Leaving Certificate Examination, 1915
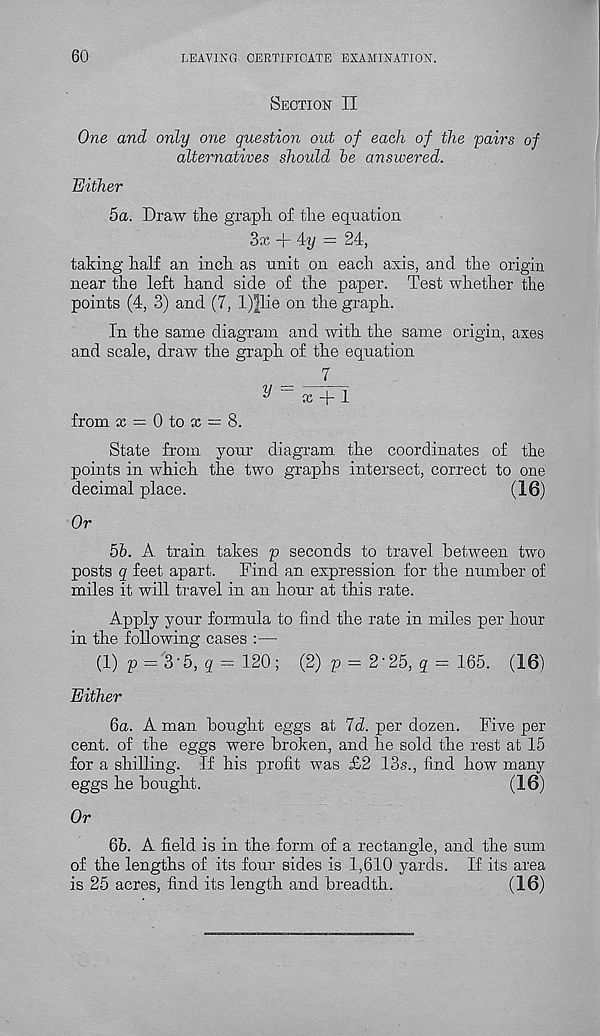
60
LEAVING CERTIFICATE EXAMINATION.
Section II
One and only one question out of each of the 'pairs of
alternatives should he answered.
Either
5a. Draw the graph of the equation
3x + 4y = 24,
taking half an inch as unit on each axis, and the origin
near the left hand side of the paper. Test whether the
points (4, 3) and (7, l)Jlie on the graph.
In the same diagram and with the same origin, axes
and scale, draw the graph of the equation
7
^
cc + 1
from x = 0 to x = 8.
State from your diagram the coordinates of the
points in which the two graphs intersect, correct to one
decimal place.
(16)
Or
5h. A train takes p seconds to travel between two
posts q feet apart.
Find an expression for the number of
miles it will travel in an hour at this rate.
Apply your formula to find the rate in miles per hour
in the following cases :—
(1) p = 3'5, g = 120; (2) p = 2-25, g = 165. (16)
Either
6o. A man bought eggs at Id. per dozen. Five per
cent, of the eggs were broken, and he sold the rest at 15
for a shilling. If his profit was £2 13s., find how many
eggs he bought.
(16)
Or
6b. A field is in the form of a rectangle, and the sum
of the lengths of its four sides is 1,610 yards. If its area
is 25 acres, find its length and breadth.
(16)